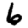
Digit: 6